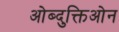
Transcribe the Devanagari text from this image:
ओब्दुक्तिओन